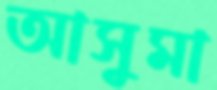
আসুমা